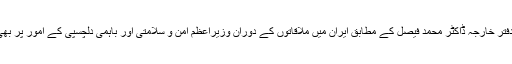
دوسری جانب ترجمان دفتر خارجہ ڈاکٹر محمد فیصل کے مطابق ایران میں ملاقاتوں کے دوران وزیراعظم امن و سلامتی اور باہمی دلچسپی کے امور پر بھی تبادلہ خیال کریں گے۔